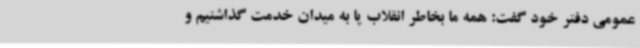
عمومی دفتر خود گفت: همه ما بخاطر انقلاب پا به میدان خدمت گذاشتیم و